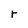
Character: r